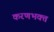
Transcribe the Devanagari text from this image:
करणभक्त